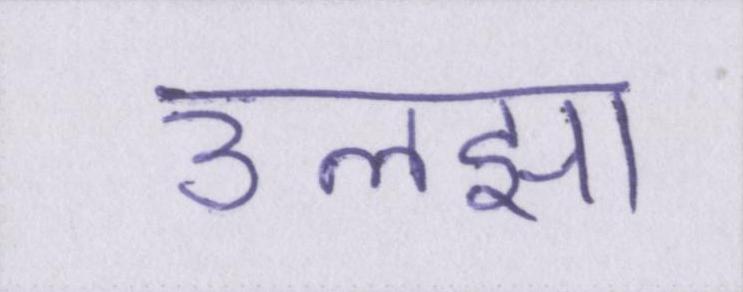
उलझा